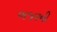
બજરની